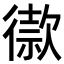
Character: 𢕫